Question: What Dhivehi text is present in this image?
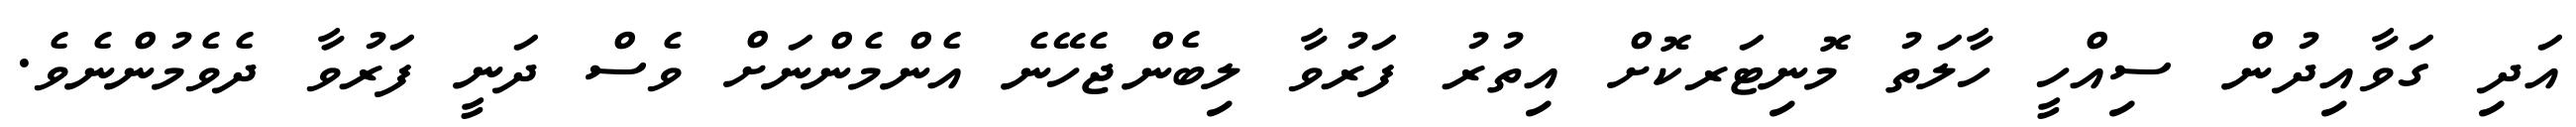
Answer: އަދި ގަވާއިދުން ސިއްހީ ހާލަތު މޮނިޓަރކޮށް އިތުރު ފަރުވާ ލިބެންޖެހޭނެ އެންމެންނަށް ވެސް ދަނީ ފަރުވާ ދެވެމުންނެވެ.